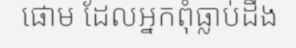
ផោម ដែលអ្នកពុំធ្លាប់ដឹង